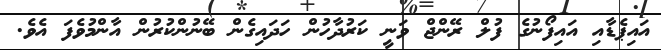
އައިޕެޑާއި އައިފޯނުގެ ފުލް ރޭންޖް ވަނީ ކަރުދާހުން ހަދައިގެން ބޭނުންކުރުން އާންމުވެފަ އެވެ.